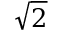
\sqrt { 2 }